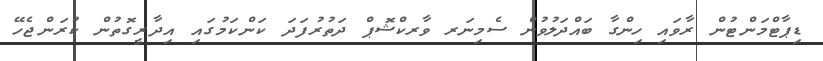
ޑިޕާޓްމަންޓުން ރާވައި ހިންގާ ބައްދަލުވުން ސެމިނަރ ވާރކްޝޮޕް ދަތުރުފަދަ ކަންކަމުގައި އިދާރީގޮތުން ކުރަންޖެހޭ